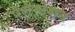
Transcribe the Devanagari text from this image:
पेलेस्टेशन